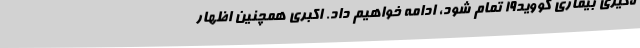
ه‌گیری بیماری کووید19 تمام شود، ادامه خواهیم داد. اکبری همچنین اظهار